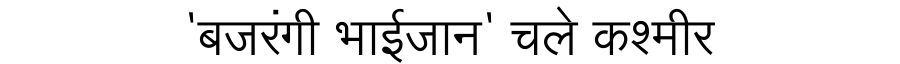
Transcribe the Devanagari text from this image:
'बजरंगी भाईजान' चले कश्मीर